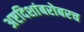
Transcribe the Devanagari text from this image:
अष्टदिशांबरोबरच